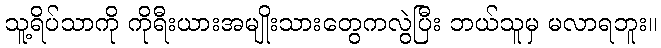
သူ့ရိပ်သာကို ကိုရီးယားအမျိုးသားတွေကလွဲပြီး ဘယ်သူမှ မလာရဘူး။